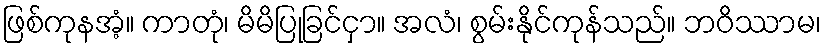
ဖြစ်ကုနအံ့။ ကာတုံ၊ မိမိပြုခြင်ငှာ။ အလံ၊ စွမ်းနိုင်ကုန်သည်။ ဘဝိဿာမ၊